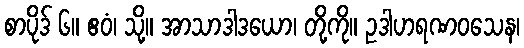
စာပိုဒ် ၆။ ဧဝံ၊ သို့။ အာသာဒါဒယော၊ တို့ကို။ ဥဒါဟရဏဝသေန၊